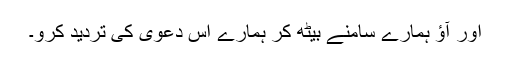
اور آؤ ہمارے سامنے بیٹھ کر ہمارے اس دعوی کی تردید کرو۔